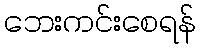
ဘေးကင်းစေရန်